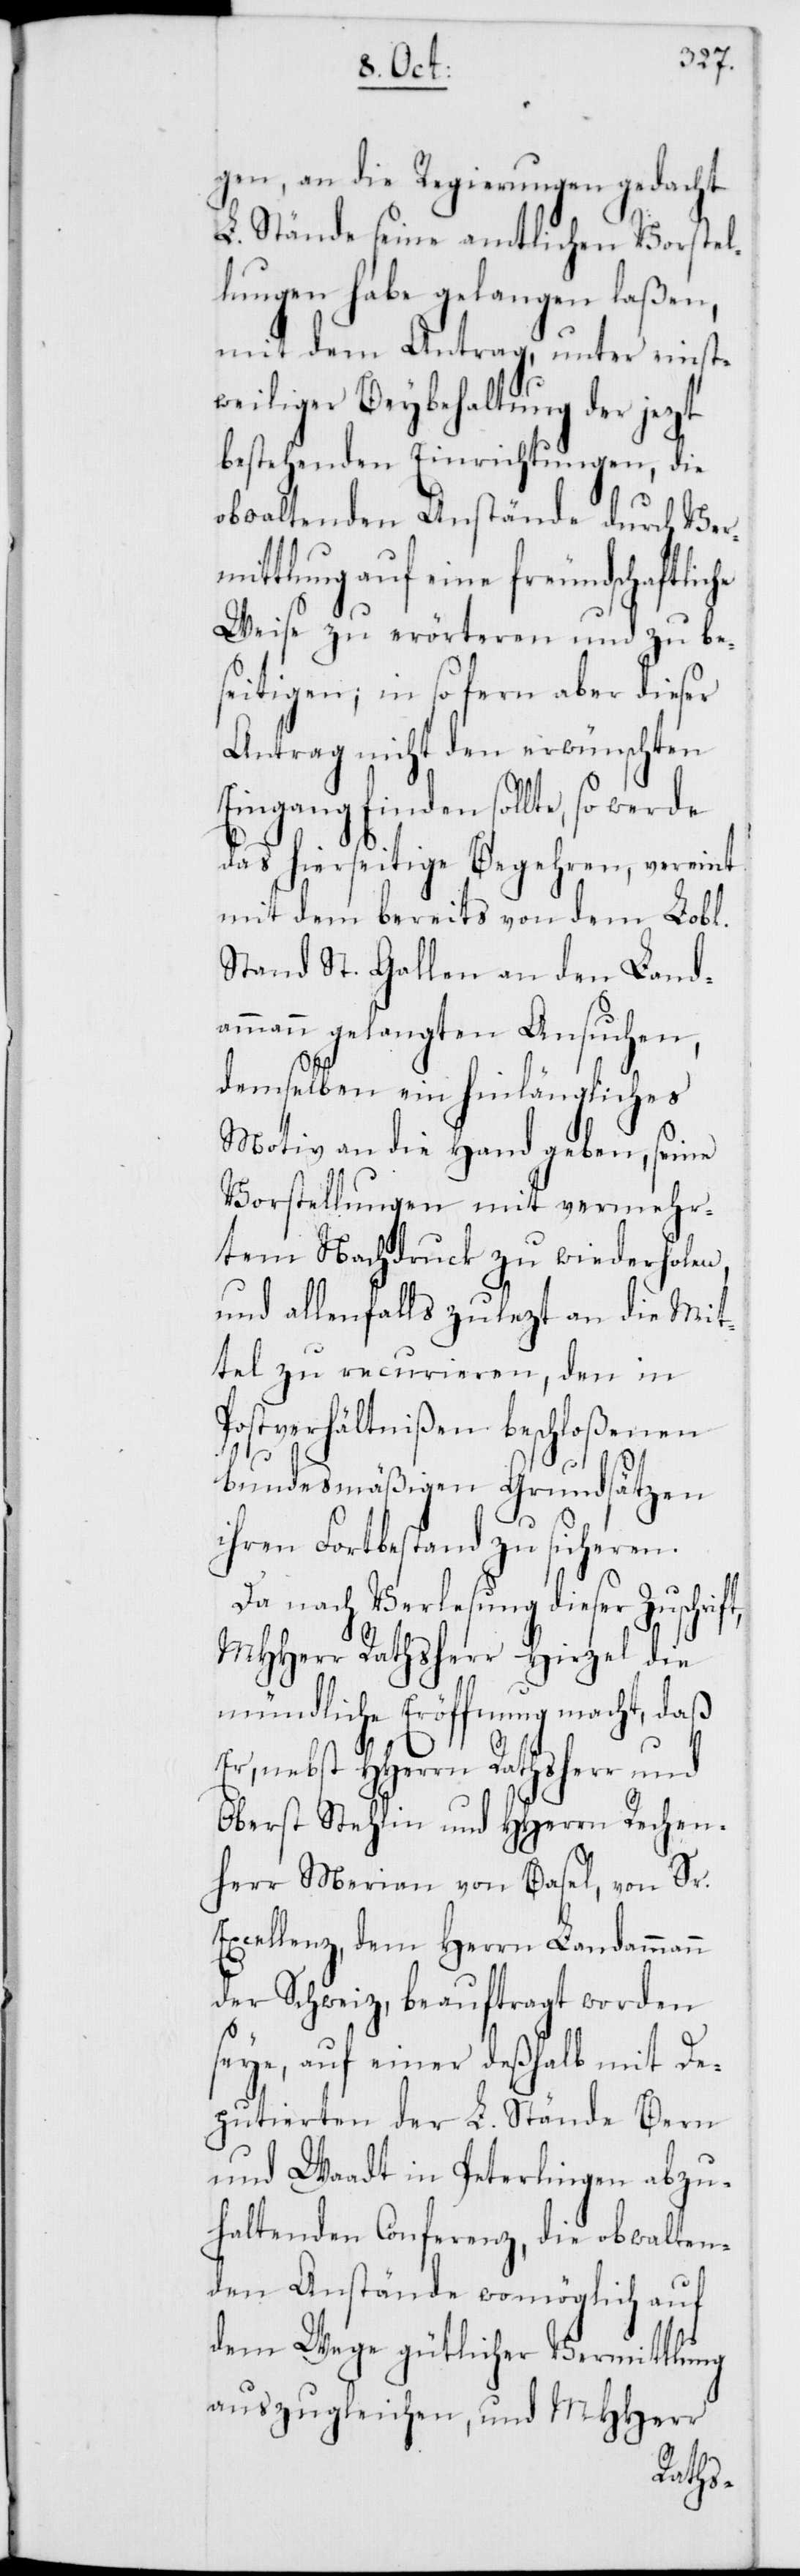
gen, an die Regierungen gedacht
L. Stände seine amtlichen Vorstel¬
lungen habe gelangen laßen,
mit dem Antrag, unter
rift,
weiliger Beybehaltung der jezt
bestehenden Einrichtungen, die
obwaltenden Anstände durch Ver¬
mittlung auf eine freundschaftlic¬
Weise zu erörteren und zu be¬
seitigen; in so fern aber dieser
Antrag nicht den erwünschten
Eingang finden sollte, so werde
das hierseitige Begehren, vereint
mit dem bereits von dem Lobl.
Stand St. Gallen an den Land¬
ammann gelangten Ansuchen,
demselben ein hinlängliches
Motiv an die Hand geben, seine
Vorstellungen mit vermehr¬
tem Nachdruck zu wiederholen,
und allenfalls zulezt an die Mit¬
tel zu recurieren, den in
Postverhältnißen beschloßenen
he
bundesmäßigen Grundsätzen
ihren Fortbestand zu sicheren.
Da nach Verlesung dieser Zusch¬
MHHerr Rathsherr Hirzel die
mündliche Eröffnung macht, daß
Er, nebst HHerrn Rathsherr und
Oberst Stehlin und HHerrn Rechen¬
herr Merian von Basel, von Sr.
Excellenz, dem Herrn Landammann
der Schweiz, beauftragt worden
seye, auf einer deßhalb mit De¬
putierten der L. Stände Bern
und Waadt in Peterlingen abzu¬
haltenden Conferenz, die obwalten¬
den Anstände womöglich auf
dem Wege gütlicher Vermittlung
auszugleichen, und MHHerr